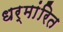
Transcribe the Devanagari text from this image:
धर्मांरित